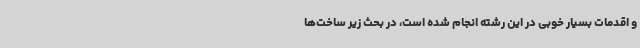
و اقدمات بسیار خوبی در این رشته انجام شده است، در بحث زیر ساخت‌ها